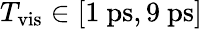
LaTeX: T_{\mathrm{vis}}\in[1\ \mathrm{ps},9\ \mathrm{ps}]